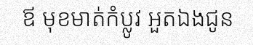
ឪ មុខមាត់កំប្លូវ អួតឯងជូន